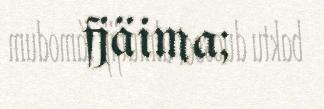
fjäima;